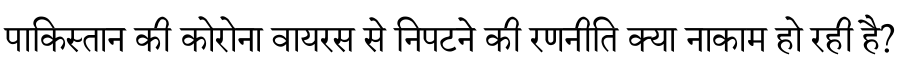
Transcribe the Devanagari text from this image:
पाकिस्तान की कोरोना वायरस से निपटने की रणनीति क्या नाकाम हो रही है?